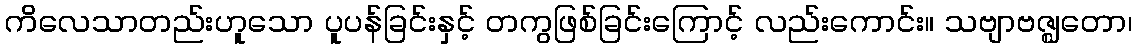
ကိလေသာတည်းဟူသော ပူပန်ခြင်းနှင့် တကွဖြစ်ခြင်းကြောင့် လည်းကောင်း။ သဗျာဗဇ္ဈတော၊